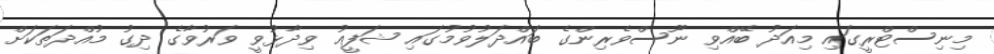
މިނިސްޓްރީގައި މިއަދު ބޭއްވި ނޫސްވެރިންގެ ބައްދަލުވުމުގައި ޝަފީއު ވިދާޅުވީ ވަރުވާގެ ދިގު މުއްދަތަކަށް